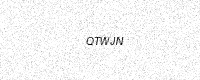
Text: QTWJN